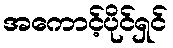
အကောင့်ပိုင်ရှင်